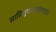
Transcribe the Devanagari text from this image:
सासितूणधनुर्बाणपाणिं